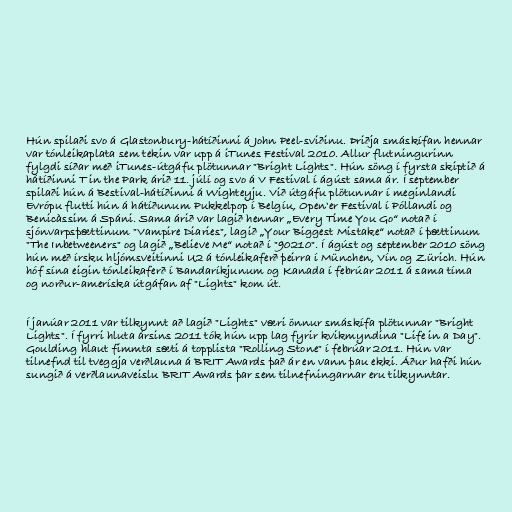
Hún spilaði svo á Glastonbury-hátíðinni á John Peel-sviðinu. Þriðja smáskífan hennar
var tónleikaplata sem tekin var upp á iTunes Festival 2010. Allur flutningurinn
fylgdi síðar með iTunes-útgáfu plötunnar "Bright Lights". Hún söng í fyrsta skiptið á
hátíðinni T in the Park árið 11. júlí og svo á V Festival í ágúst sama ár. Í september
spilaði hún á Bestival-hátíðinni á Wighteyju. Við útgáfu plötunnar í meginlandi
Evrópu flutti hún á hátíðunum Pukkelpop í Belgíu, Open'er Festival í Póllandi og
Benicàssim á Spáni. Sama árið var lagið hennar „Every Time You Go“ notað í
sjónvarpsþættinum "Vampire Diaries", lagið „Your Biggest Mistake“ notað í þættinum
"The Inbetweeners" og lagið „Believe Me“ notað í "90210". Í ágúst og september 2010 söng
hún með írsku hljómsveitinni U2 á tónleikaferð þeirra í München, Vín og Zürich. Hún
hóf sína eigin tónleikaferð í Bandaríkjunum og Kanada í febrúar 2011 á sama tíma
og norður-ameríska útgáfan af "Lights" kom út.

Í janúar 2011 var tilkynnt að lagið "Lights" væri önnur smáskífa plötunnar "Bright
Lights". Í fyrri hluta ársins 2011 tók hún upp lag fyrir kvikmyndina "Life in a Day".
Goulding hlaut fimmta sæti á topplista "Rolling Stone" í febrúar 2011. Hún var
tilnefnd til tveggja verðlauna á BRIT Awards það ár en vann þau ekki. Áður hafði hún
sungið á verðlaunaveislu BRIT Awards þar sem tilnefningarnar eru tilkynntar.